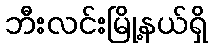
ဘီးလင်းမြို့နယ်ရှိ